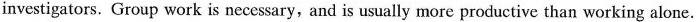
investigators. Group work is necessary, and is usually more productive than working alone.